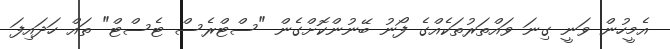
އެމީހުން ވަނީ ގިނަ ވައްތަރުތަކެއްގެ ފޯނު ބޭނުންކޮށްގެން "ސްޓްރެސް ޓެސްޓް" ތައް ހަދައިފަ